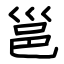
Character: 邕